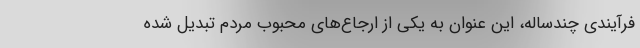
فرآیندی چندساله، این عنوان به یکی از ارجاع‌های محبوب مردم تبدیل شده